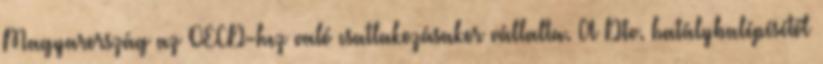
Magyarország az OECD-hez való csatlakozásakor vállalta. A Dtv. hatálybalépésétől